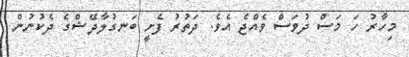
މިހާރު ހަ މަސް ދުވަސް ވެއްޖެ އެވެ. ދަތުރު ފެށީ ބަނގުލާދޭޝްގެ ދެކުނުން